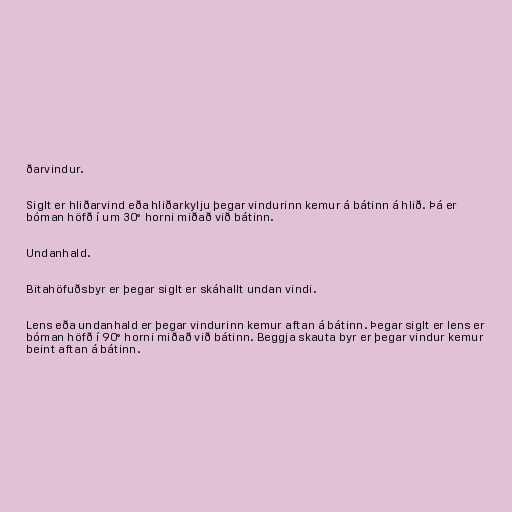
ðarvindur.

Siglt er hliðarvind eða hliðarkylju þegar vindurinn kemur á bátinn á hlið. Þá er
bóman höfð í um 30° horni miðað við bátinn.

Undanhald.

Bitahöfuðsbyr er þegar siglt er skáhallt undan vindi.

Lens eða undanhald er þegar vindurinn kemur aftan á bátinn. Þegar siglt er lens er
bóman höfð í 90° horni miðað við bátinn. Beggja skauta byr er þegar vindur kemur
beint aftan á bátinn.